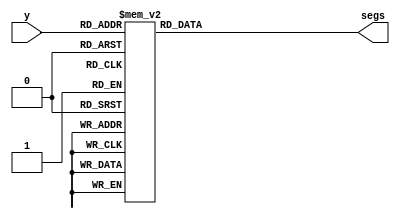
`timescale 1ns / 1ps
//////////////////////////////////////////////////////////////////////////////////
// Company: 
// Engineer: 
// 
// Design Name: 
// Module Name: bcd7seg
// Project Name: 
// Target Devices: 
// Tool Versions: 
// Description: 
// 
// Dependencies: 
// 
// Revision:
// Revision 0.01 - File Created
// Additional Comments:
// 
//////////////////////////////////////////////////////////////////////////////////


module bcd7seg(
    input [3:0] y, 
    output reg [6:0] segs       
    );    
     
    //display 7-seg equivalent of 4-bit digit y
    always @ (y) begin  
        case (y)   
            0: segs = 7'b100_0000; //0
            1: segs = 7'b111_1001; //1
            2: segs = 7'b010_0100; //2
            3: segs = 7'b011_0000; //3
            4: segs = 7'b001_1001; //4
            5: segs = 7'b001_0010; //5
            6: segs = 7'b000_0010; //6
            7: segs = 7'b111_1000; //7
            8: segs = 7'b000_0000; //8
            9: segs = 7'b001_0000; //9
            10: segs = 7'b000_1000; //A
            11: segs = 7'b000_0011; //B
            12: segs = 7'b101_1111; //' using a left apostrophe instead of C
            13: segs = 7'b100_1111; //I using I to help display 'IO' instead of D
            14: segs = 7'b111_1101; //' using a right apostrophe instead of E
            15: segs = 7'b000_0111; //t using t instead of f to show the winning team as t01 or t02          
        endcase 
   end 
               
endmodule